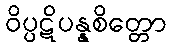
ဝိပ္ပဋိပန္နစိတ္တော